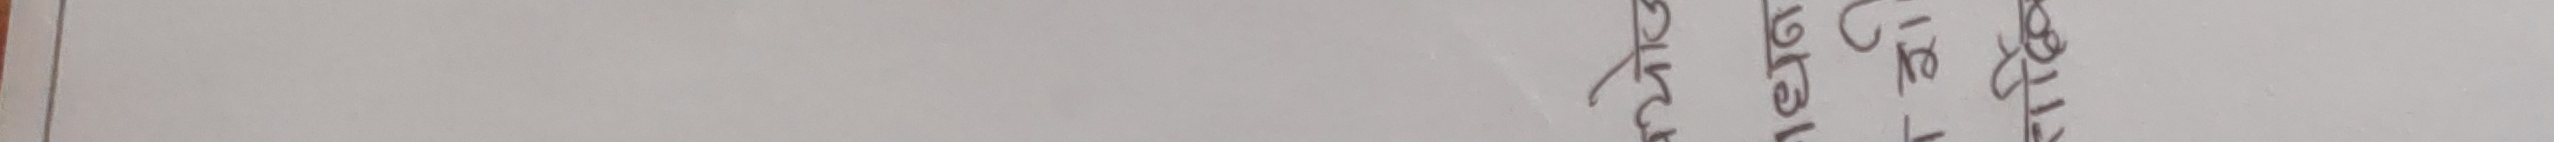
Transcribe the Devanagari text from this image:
ब
के
ग
११ बजे